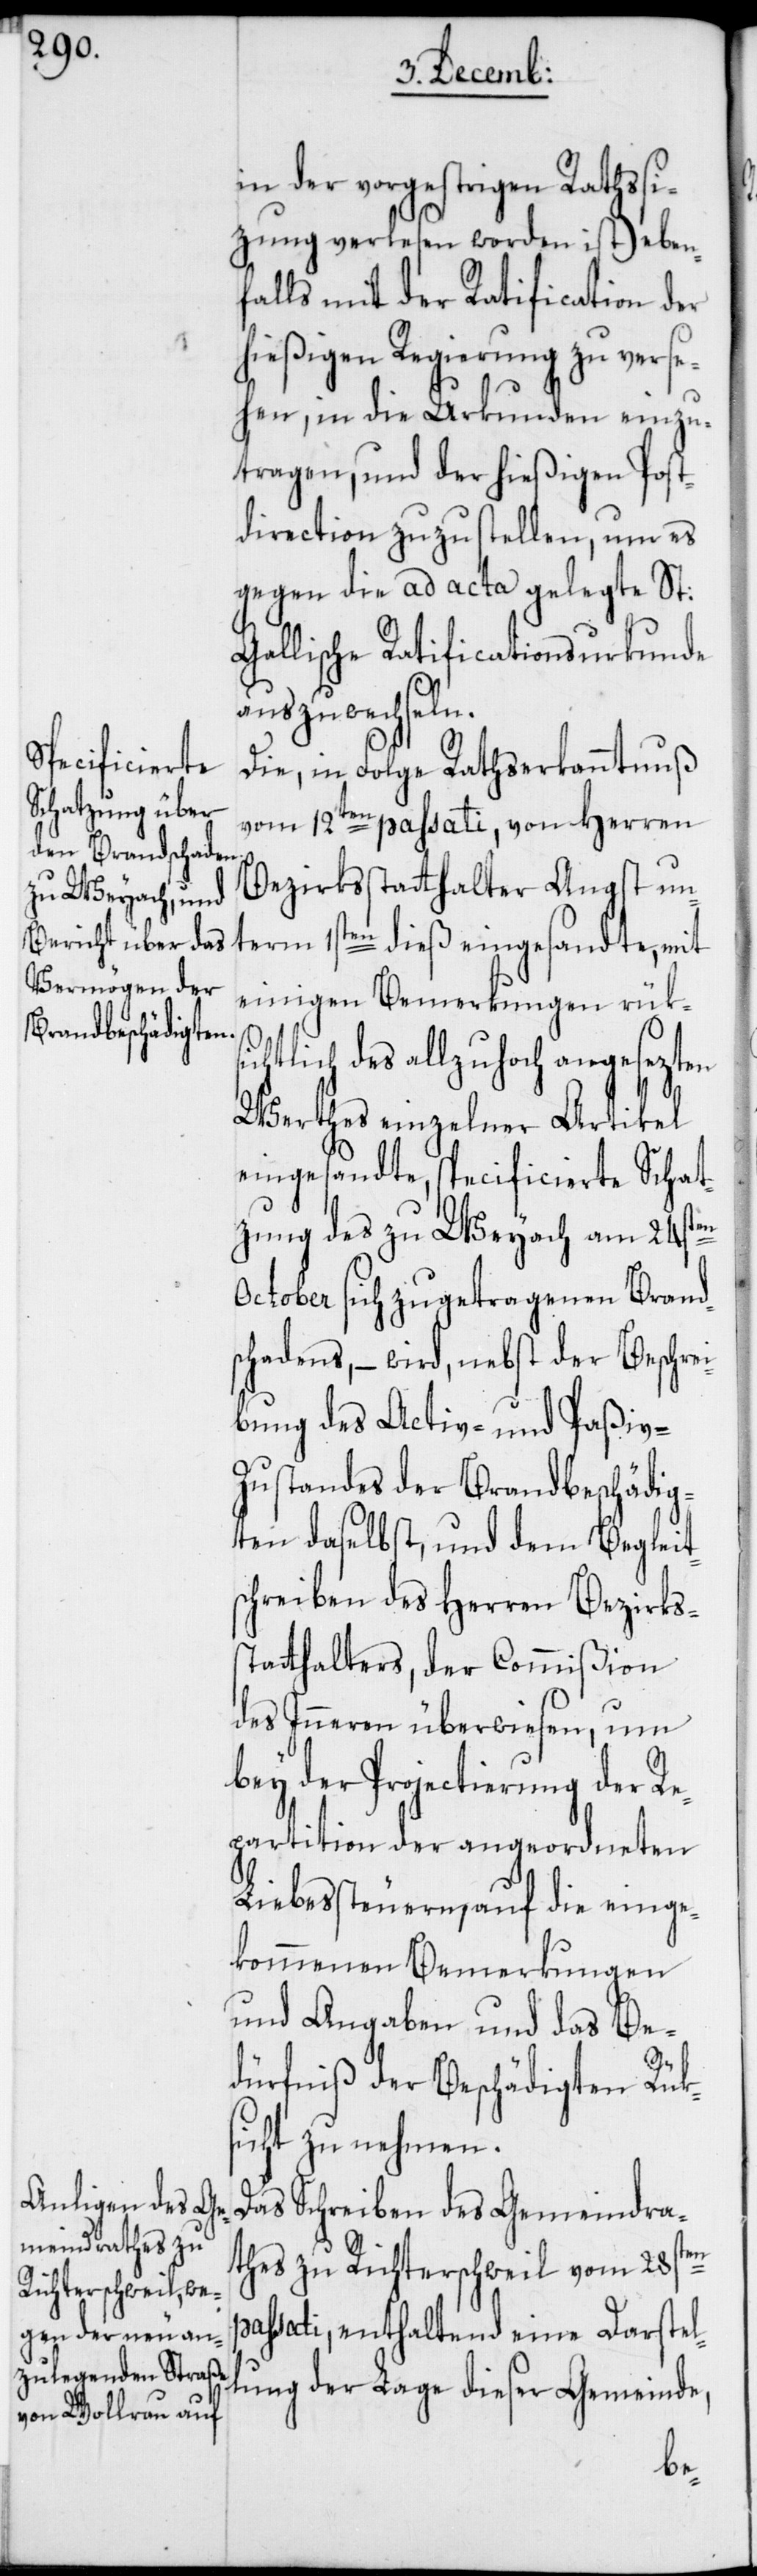
in der vorgestrigen Rathssi¬
tzung verlesen worden ist) eben¬
falls mit der Ratification der
hießigen Regierung zu verse¬
hen, in die Urkunden einzu¬
tragen, und der hießigen Post¬
direction zuzustellen, um es
gegen die ad acta gelegte St:
Gallische Ratificationsurkunde
auszuwechseln.
Die, in Folge Rathserkanntnuß
vom 12ten passati, von Herren
Bezirksstatthalter Angst un¬
einigen Bemerkungen rüksi¬
chtlich des allzuhoch angesezten
Werthes einzelner Artikel
eingesandte specificierte Schat¬
zung des zu Weyach am 24sten
October sich zugetragenen Brand¬
schadens, – wird, nebst der Beschrei¬
bung des Activ- und Paßiv-Z¬
ustandes der Brandbeschädig¬
ten daselbst, und dem Begleit¬
schreiben des Herren Bezirks¬
statthalters, der Commißion
des Inneren überwiesen, um
bey der Projectierung der Re¬
partition der angeordneten
Liebessteuern, auf die einge¬
kommenen Bemerkungen
und Angaben und das Be¬
dürfniß der Beschädigten, Rüks¬
icht zu nehmen.
Das Schreiben des Gemeindra¬
thes zu Richterschweil vom 28sten
ssati, enthaltend eine Darstel¬
lung der Lage dieser Gemeinde,
pa¬